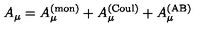
A _ { \mu } = A _ { \mu } ^ { ( \mathrm { m o n } ) } + A _ { \mu } ^ { ( \mathrm { C o u l } ) } + A _ { \mu } ^ { ( \mathrm { A B } ) }